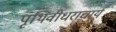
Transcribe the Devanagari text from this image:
पृथिवीधराचार्य